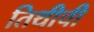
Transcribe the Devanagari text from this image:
तिथीची